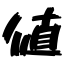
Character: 値